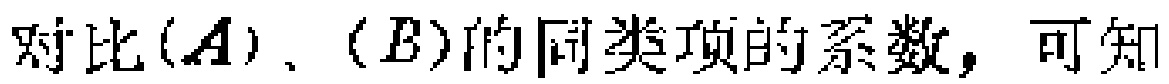
对比$(A)$、$(B)$的同类项的系数，可知